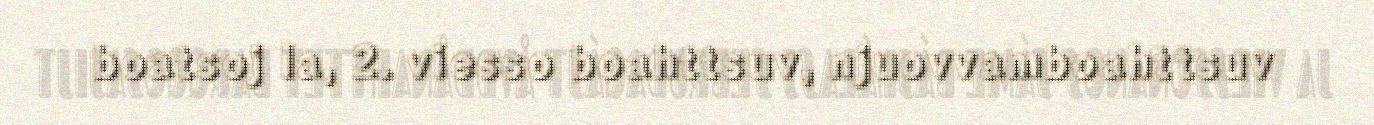
boatsoj la, 2. viesso boahttsuv, njuovvamboahttsuv